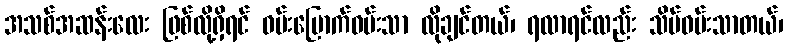
အသစ်အဆန်းလေး ဖြစ်လို့ရှိရင် ဝမ်းမြောက်ဝမ်းသာ လိုချင်တယ်၊ ရလာရင်လည်း သိပ်ဝမ်းသာတယ်၊